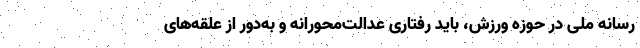
رسانه ملی در حوزه ورزش، باید رفتاری عدالت‌محورانه و به‌دور از علقه‌های